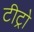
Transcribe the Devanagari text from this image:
टीट्रो